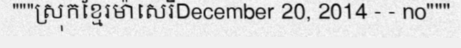
"""ស្រុកខ្មែរម៉ាសេរីDecember 20, 2014 - - no"""